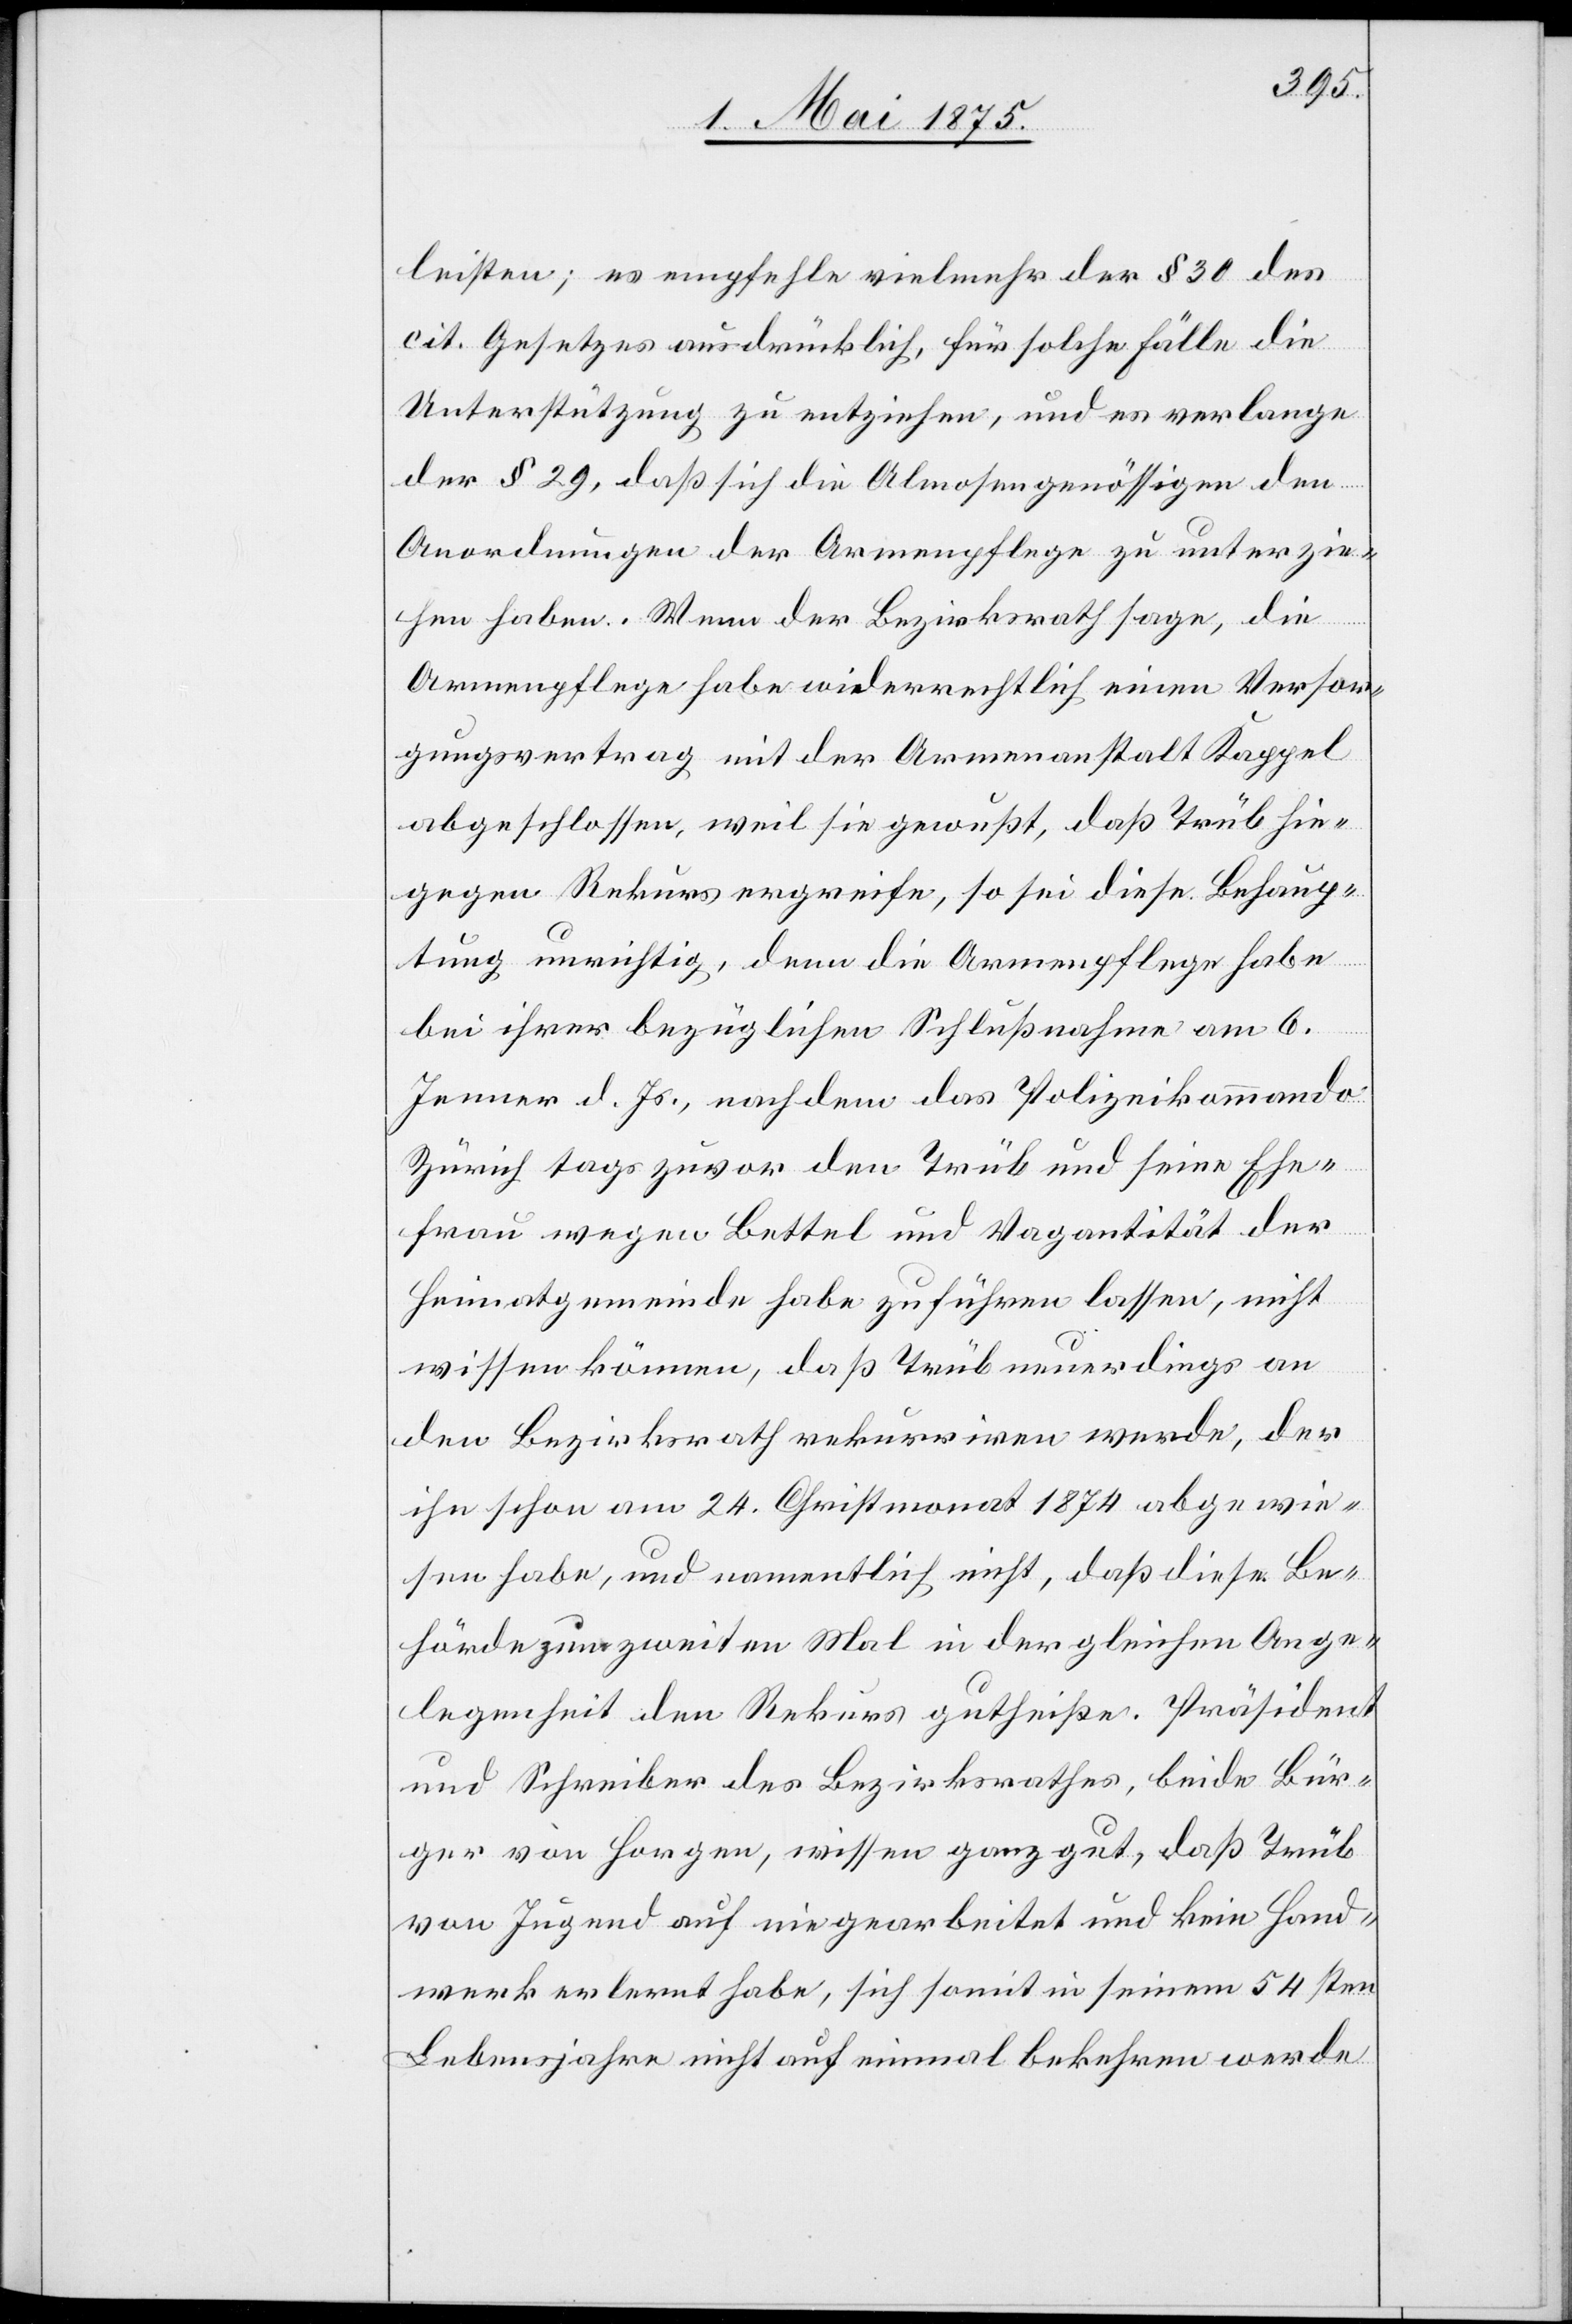
leisten; es empfehle vielmehr der § 30 des
cit. Gesetzes ausdrücklich, für solche Fälle die
Unterstützung zu entziehen, und es verlange
der § 29, daß sich die Almosengenössigen den
Anordnungen der Armenpflege zu unterzie¬
hen haben. Wenn der Bezirksrath sage, die
Armenpflege habe wiederrechtlich einen Versor¬
gungsantrag mit der Armenanstalt Kappel
abgeschlossen, weil sie gewußt, daß Trüb hie¬
gegen Rekurs ergreife, so sei diese Behaup¬
tung unrichtig, denn die Armenpflege habe
bei ihrer bezüglichen Schlußnahme vom 6.
Jenner d. Js., nachdem das Polizeikommando
Zürich tags zuvor den Trüb und seine Ehe¬
frau wegen Bettel und Vagantität der
Heimatgemeinde habe zuführen lassen, nicht
wissen können, daß Trüb neuerdings an
den Bezirksrath rekurriren werde, der
ihn schon am 24. Christmonat 1874 abgewie¬
sen habe und namentlich nicht, daß diese Be¬
hörde zum zweiten Mal in der gleichen Ange¬
legenheit den Rekurs gutheiße. Präsident
und Schreiber des Bezirksrathes, beide Bür¬
ger von Horgen, wissen ganz gut, daß Trüb
von Jugend auf nie gearbeitet und kein Hand¬
werk erlernt habe, sich somit in seinem 54sten
Lebensjahre nicht auf einmal Bekehren werde